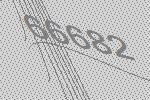
66682